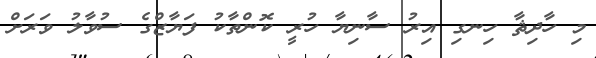
މި ހާދިޘާ ހިނގި އިރު ސާނިޔާ ހުރީ ކޮންތާކު ފަޔާޒްގެ ސުވާލު ވަރަށް